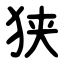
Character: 狭